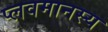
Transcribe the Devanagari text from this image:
प्लवमानस्य